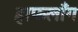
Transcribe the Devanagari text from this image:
हाफलॉँग